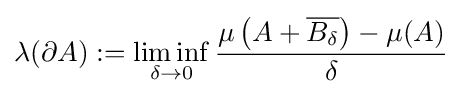
\lambda (\partial A):=\liminf _{\delta \to 0}{\frac {\mu \left(A+{\overline {B_{\delta }}}\right)-\mu (A)}{\delta }}